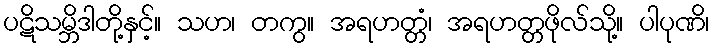
ပဋိသမ္ဘိဒါတို့နှင့်။ သဟ၊ တကွ။ အရဟတ္တံ၊ အရဟတ္တဖိုလ်သို့။ ပါပုဏိ၊